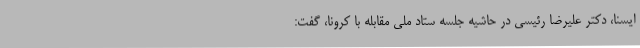
ایسنا، دکتر علیرضا رئیسی در حاشیه جلسه ستاد ملی مقابله با کرونا، گفت: